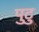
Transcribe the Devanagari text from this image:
पुटु